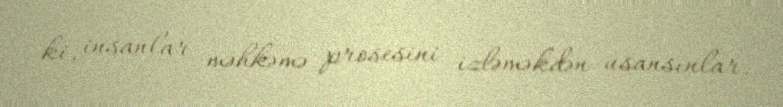
ki, insanlar məhkəmə prosesini izləməkdən usansınlar.